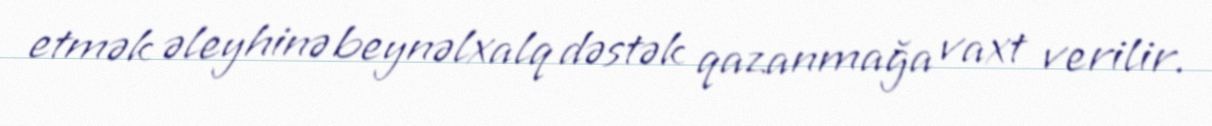
etmək əleyhinə beynəlxalq dəstək qazanmağa vaxt verilir.